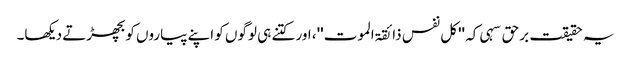
یہ حقیقت برحق سہی کہ ''کل نفس ذائقۃ الموت''، اور کتنے ہی لوگوں کو اپنے پیاروں کو بچھڑتے دیکھا۔